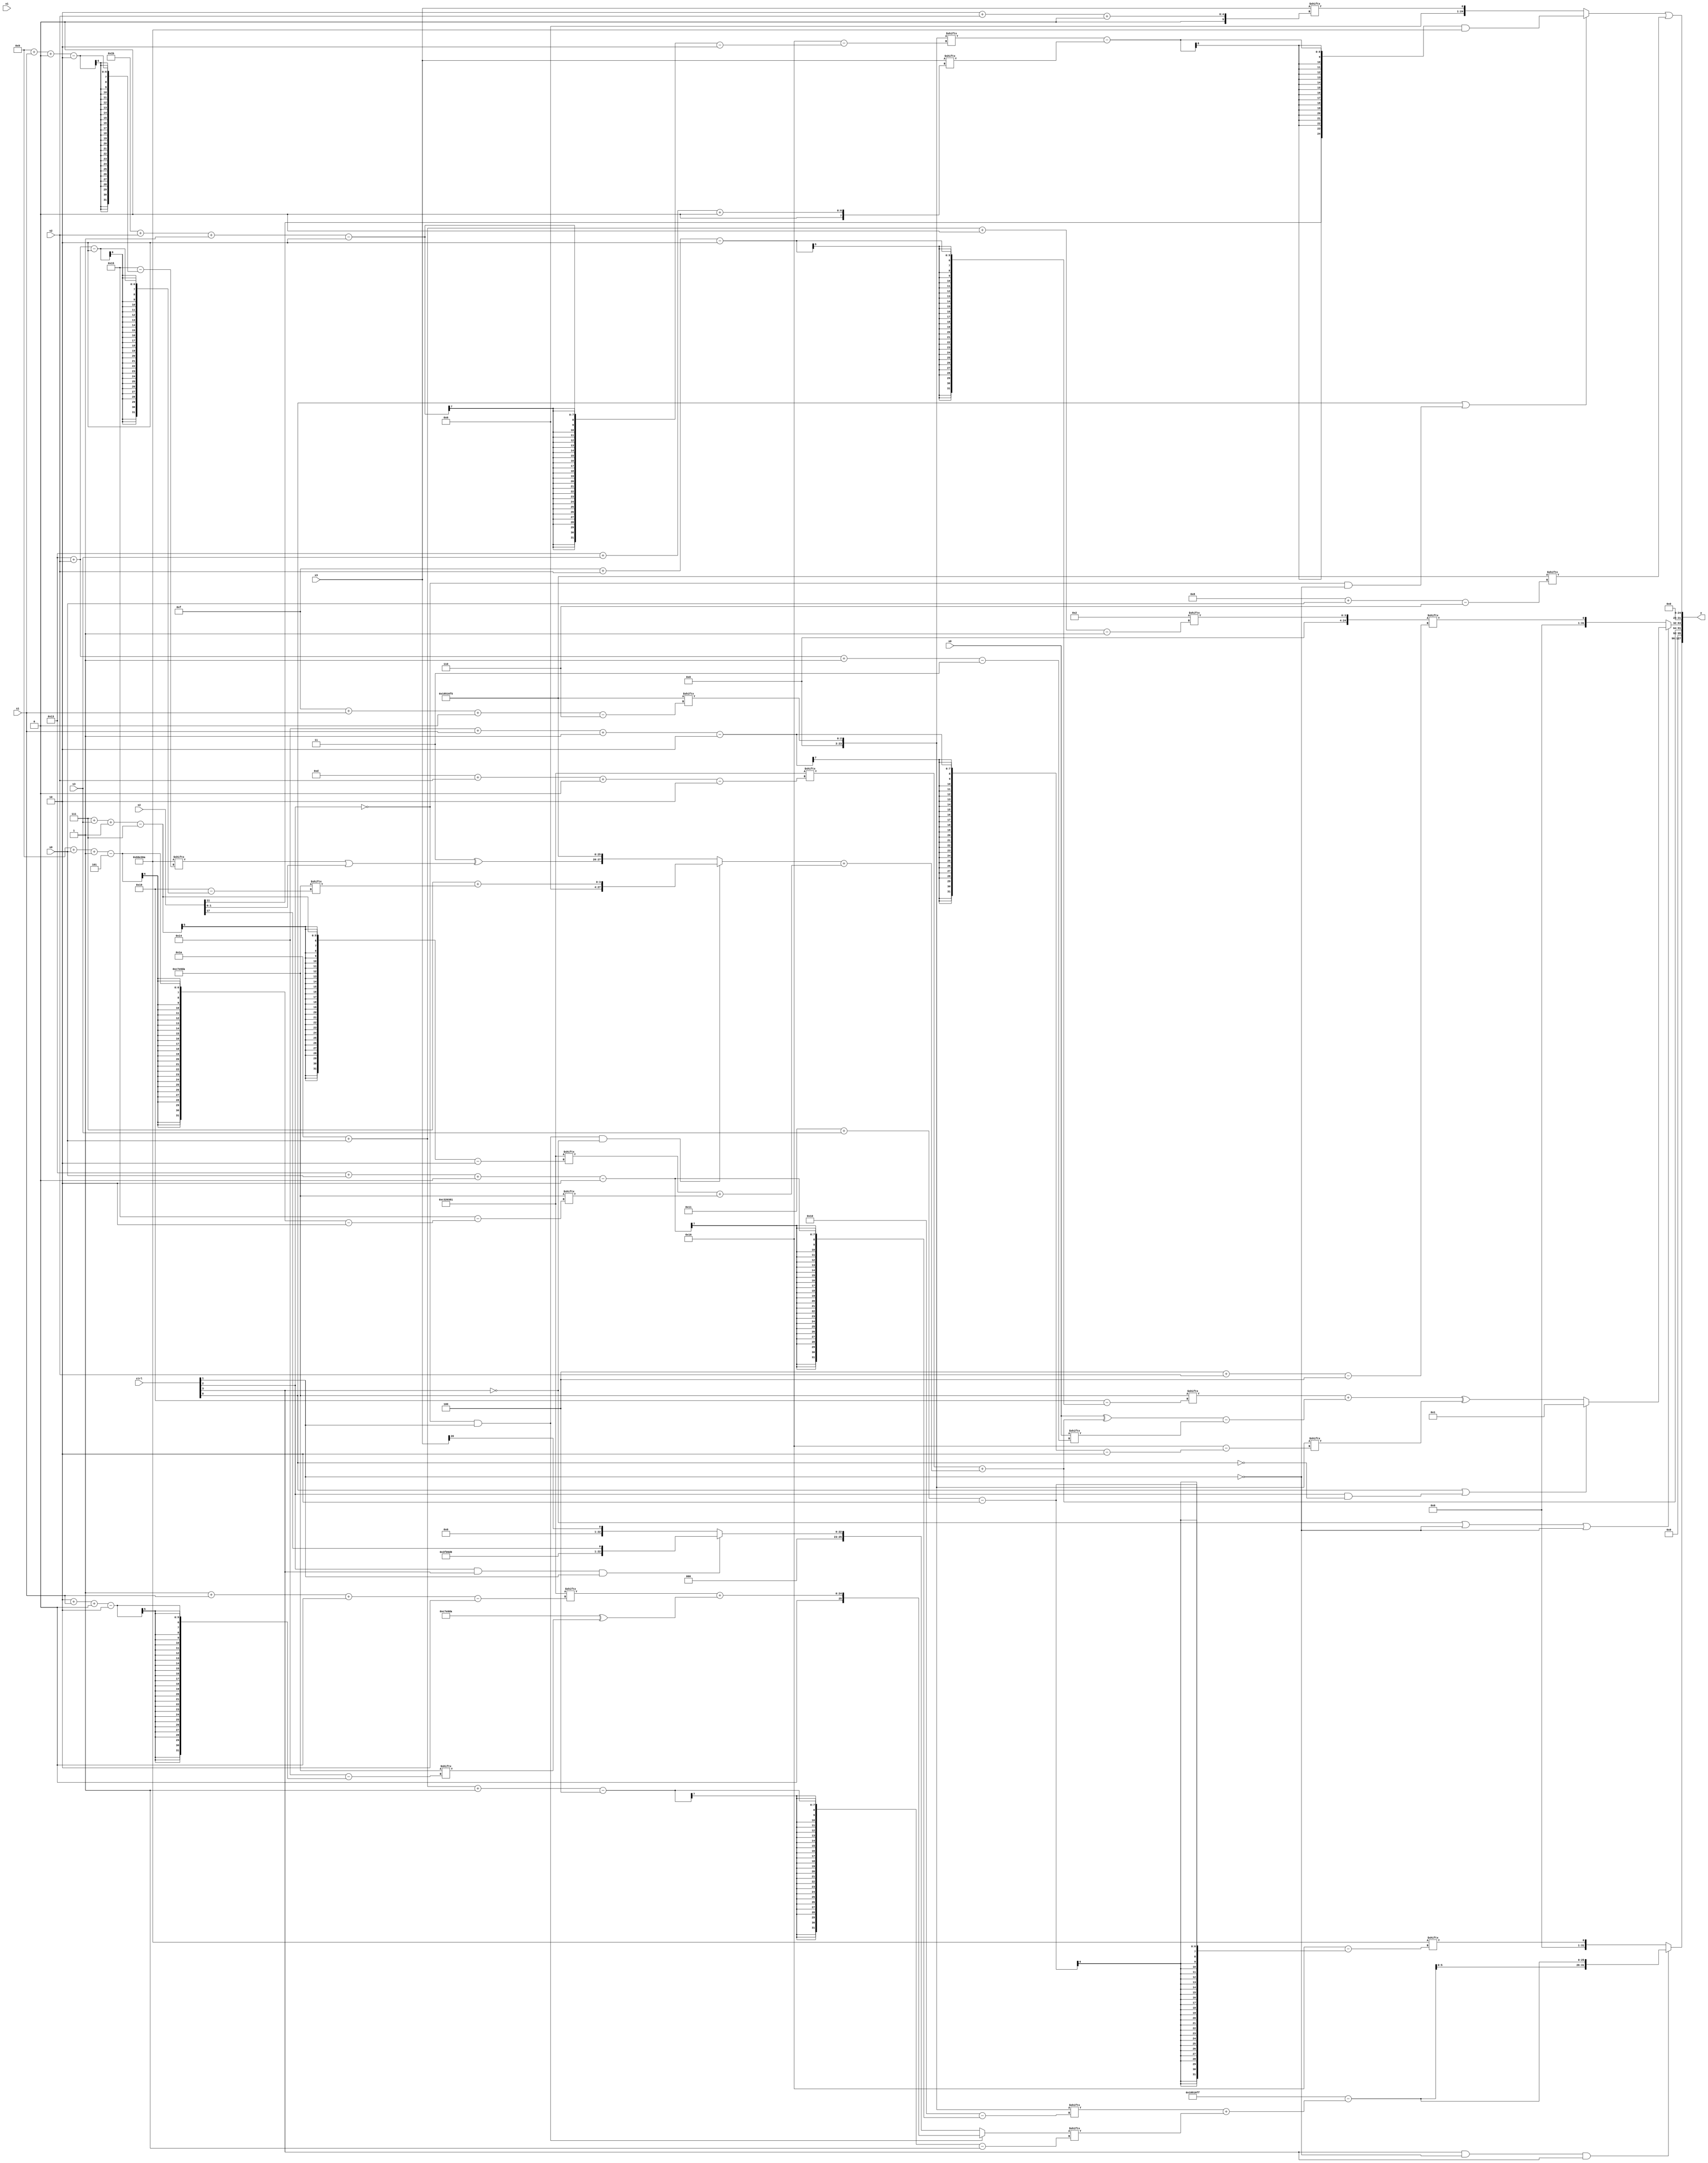
module partsel_00522(ctrl, s0, s1, s2, s3, x0, x1, x2, x3, y);
  input [3:0] ctrl;
  input [2:0] s0;
  input [2:0] s1;
  input [2:0] s2;
  input [2:0] s3;
  input [31:0] x0;
  input [31:0] x1;
  input signed [31:0] x2;
  input signed [31:0] x3;
  wire [2:25] x4;
  wire [24:1] x5;
  wire signed [28:5] x6;
  wire [27:6] x7;
  wire [30:5] x8;
  wire signed [28:4] x9;
  wire signed [26:1] x10;
  wire signed [25:3] x11;
  wire [31:6] x12;
  wire signed [26:0] x13;
  wire signed [0:24] x14;
  wire [31:4] x15;
  output [127:0] y;
  wire [31:0] y0;
  wire [31:0] y1;
  wire [31:0] y2;
  wire signed [31:0] y3;
  assign y = {y0,y1,y2,y3};
  localparam signed [31:6] p0 = 428152565;
  localparam [31:2] p1 = 204604289;
  localparam [2:27] p2 = 147316954;
  localparam signed [2:24] p3 = 426173290;
  assign x4 = p0[15 + s1 +: 3];
  assign x5 = p3[17 -: 2];
  assign x6 = x4[27 + s2 -: 2];
  assign x7 = {2{(((x0[1 + s0 +: 7] - (x2[11 +: 1] - (x5[5 + s0] | x2[10]))) | (p1[6 + s3 -: 7] & (x6[18 -: 1] + (x3[2 + s3 +: 3] ^ x5[1 + s2 -: 5])))) | {x0[5 + s3 +: 6], (!ctrl[1] || !ctrl[0] || !ctrl[3] ? x0[21 -: 3] : x3[13 + s0 +: 4])})}};
  assign x8 = p3[27 + s2 -: 2];
  assign x9 = x5[26 + s0 +: 4];
  assign x10 = {2{(!ctrl[2] && !ctrl[2] && ctrl[1] ? {{(p1 ^ x6), p3[15 +: 2]}, {x8[19 + s0], (p1[1 + s1 +: 4] + (p2 ^ p2[2 + s1 +: 6]))}} : (ctrl[2] && ctrl[3] && ctrl[1] ? {p2, (x2[17] | x4[15 +: 4])} : x3[20 -: 1]))}};
  assign x11 = p2[11 + s1 +: 3];
  assign x12 = {2{((ctrl[1] && !ctrl[2] || !ctrl[0] ? {2{x11}} : ({p2[18 + s3 -: 2], x3[17 + s2 +: 3]} & {x4[16 +: 3], x10[16 -: 4]})) | {((x5 | p0[16 -: 2]) | {2{x10[18 +: 3]}}), (ctrl[2] || ctrl[3] || !ctrl[1] ? x2[21] : p0[17])})}};
  assign x13 = {{2{(!ctrl[1] && !ctrl[2] || !ctrl[3] ? (p0[17 -: 3] & p1[6 + s2]) : ({(p2 | (p2[9 + s3 +: 5] & p0[18 +: 2])), x12[15]} & x4))}}, {2{x0[22 -: 2]}}};
  assign x14 = {2{p0[14 + s1]}};
  assign x15 = (p1[13 + s2 +: 2] + ((!ctrl[2] && ctrl[1] && !ctrl[3] ? (p2[10 +: 3] + p2[19 + s2]) : {(p2[8 +: 4] ^ (p3[9 + s1 +: 2] | x2)), p0}) + ({(ctrl[2] || !ctrl[2] || !ctrl[0] ? p1[16 -: 1] : x0), p1[7 + s3 -: 7]} + p2[9 + s0 -: 5])));
  assign y0 = {x1[13], (ctrl[3] && !ctrl[1] && ctrl[3] ? {2{((p0 | p3[19 -: 4]) - (x4[19 + s0 +: 8] + x10[26 + s0 -: 4]))}} : (p3[17 + s3] ^ p3[14]))};
  assign y1 = x15;
  assign y2 = (!ctrl[3] || !ctrl[1] || !ctrl[1] ? (ctrl[0] || ctrl[2] && !ctrl[0] ? p3[9] : ((p2[15 + s2] + ((x0 ^ x15) - x0[19 + s2 -: 3])) ^ x4[20 + s1 -: 2])) : x9[4 + s2]);
  assign y3 = ((ctrl[0] || !ctrl[2] && !ctrl[1] ? ({(!ctrl[3] || !ctrl[3] || ctrl[3] ? x2[11] : p3[17 -: 4]), (x6 - x3[19 + s3 +: 8])} & p3) : x3[2 + s2 +: 1]) | p0[8 + s0]);
endmodule